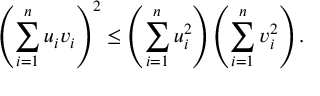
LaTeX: \left( \sum _ { i = 1 } ^ { n } u _ { i } v _ { i } \right) ^ { 2 } \leq \left( \sum _ { i = 1 } ^ { n } u _ { i } ^ { 2 } \right) \left( \sum _ { i = 1 } ^ { n } v _ { i } ^ { 2 } \right) .